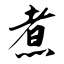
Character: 煮